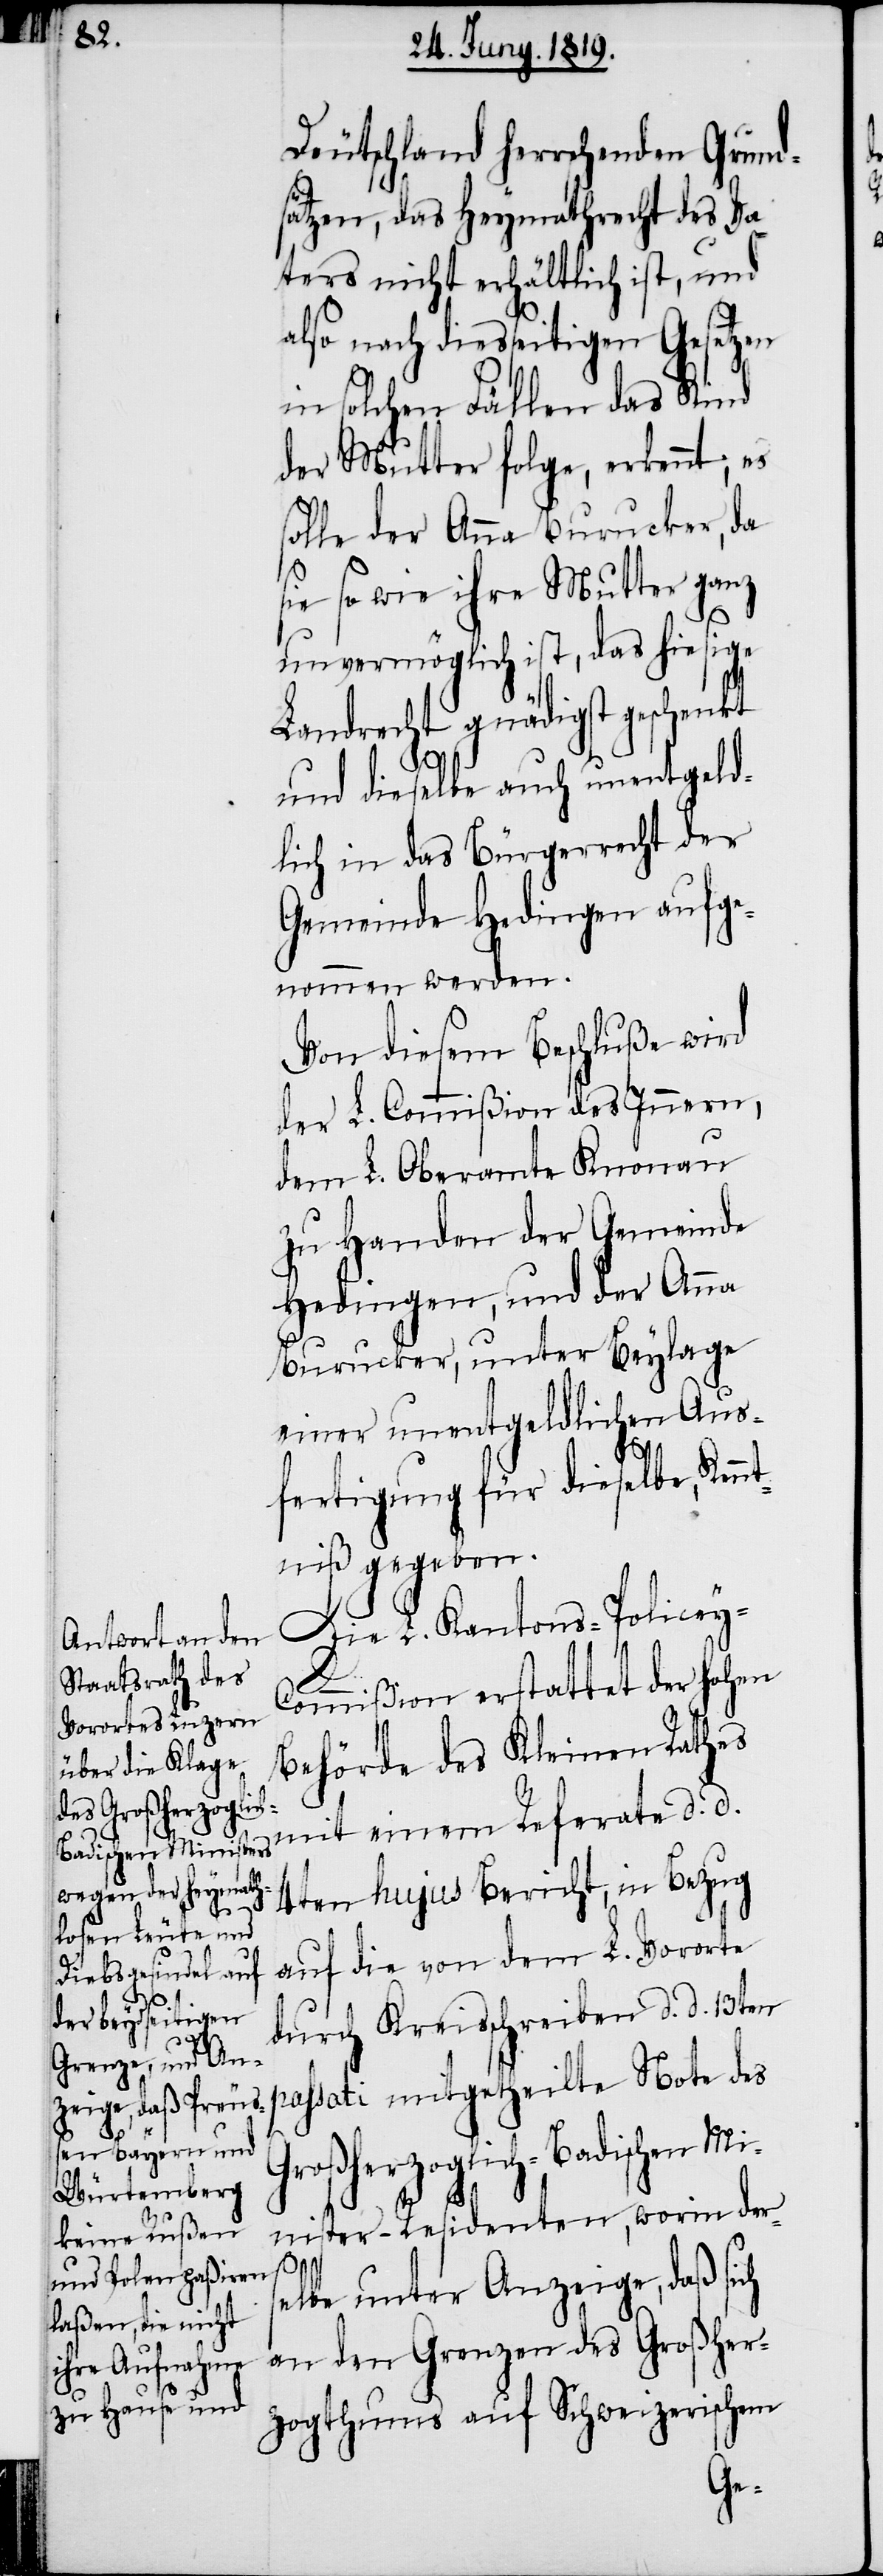
Deutschland herrschenden Grund¬
sätzen, das Heymathrecht des Va¬
ters nicht erhältlich ist, und
also nach diesseitigen Gesetzen
in solchen Fällen das Kind
der Mutter folge, erkennt; es
olle der Anna Burucker, da
sie so wie ihre Mutter ganz
unvermöglich ist, das hiesige
Landrecht gnädigst geschenkt
und dieselbe auch unentgeld¬
lich in das Bürgerrecht der
Gemeinde Hedingen aufge¬
nommen werden.
Von diesem Beschluße wird
der L. Commißion des Innern,
dem L. Oberamte Knonau
zu Handen der Gemeinde
Hedingen, und der Anna
Burucker, unter Beylage
einer unentgeldlichen Aus¬
fertigung für dieselbe, Ken¬
ntniß gegeben.
Die L. Kantons-Policey-C¬
ommißion erstattet der hohen
Behörde des Kleinen Rathes
mit einem Referate d. d.
4ten hujus Bericht, in Bezug
auf die von dem L. Vororte
durch Kreisschreiben d. d. 13ten
passati mitgetheilte Note des
Großherzoglich-Badischen Mi¬
nister-Residenten, worin ders¬
elbe unter Anzeige, daß sich
an den Grenzen des Großher¬
zogthums auf Schweizerischem
s¬